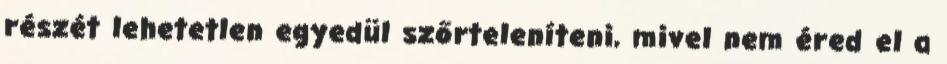
részét lehetetlen egyedül szőrteleníteni, mivel nem éred el a